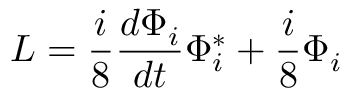
{ \cal { L } } = \frac { i } { 8 } \frac { d \Phi _ { i } } { d t } \Phi _ { i } ^ { * } + \frac { i } { 8 } \Phi _ { i }